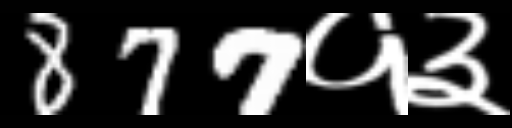
Text: 877१३